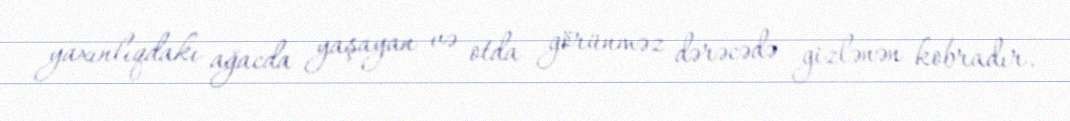
yaxınlıqdakı ağacda yaşayan və otda görünməz dərəcədə gizlənən kobradır.